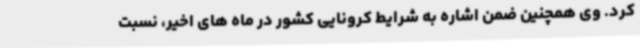
کرد. وی همچنین ضمن اشاره به شرایط کرونایی کشور در ماه های اخیر، نسبت